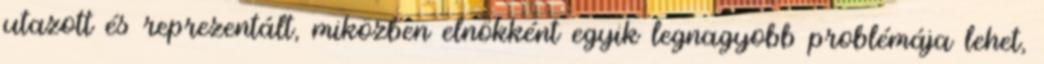
utazott és reprezentált, miközben elnökként egyik legnagyobb problémája lehet,